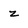
Character: z